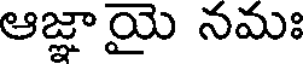
ఆజ్ఞాయై నమః